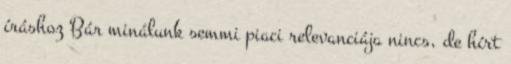
íráshoz Bár minálunk semmi piaci relevanciája nincs, de hírt